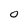
Character: 0